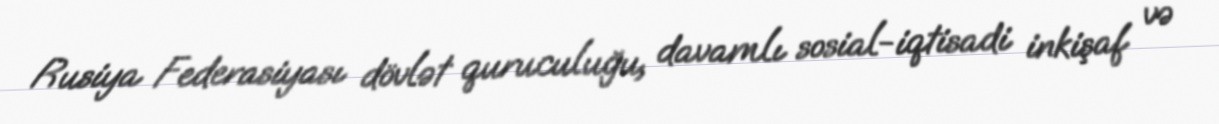
Rusiya Federasiyası dövlət quruculuğu, davamlı sosial-iqtisadi inkişaf və